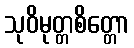
သုဝိမုတ္တစိတ္တော